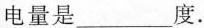
电量是___度.